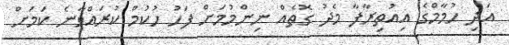
އަދި ހުމާމްގެ އިއުތިރާފާ މެދު ގޮތެއް ނިންމުމަށް ފަހު ހުކުމް ކުރައްވާނެ ކަމަށް